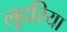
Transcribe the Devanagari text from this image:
लूदरिया